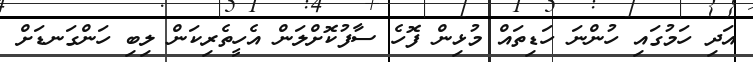
އަދި ހަމުގައި ހުންނަ ހަޑިތައް މުޅިން ފޮހެ ސާފުކޮށްލަން އެހީތެރިކަން ލިބި ހަންގަނޑަށް